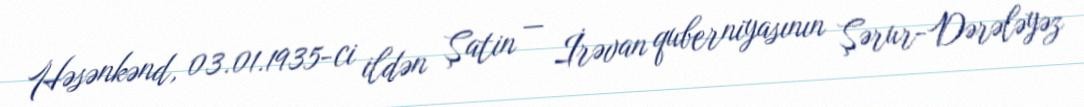
Həsənkənd, 03.01.1935-ci ildən Şatin — İrəvan quberniyasının Şərur-Dərələyəz